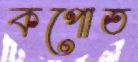
কপোত